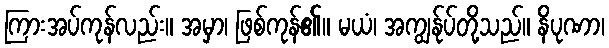
ကြားအပ်ကုန်လည်း။ အမှာ၊ ဖြစ်ကုန်၏။ မယံ၊ အကျွန်ုပ်တို့သည်။ နိပုဏာ၊